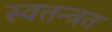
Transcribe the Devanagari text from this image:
स्वतन्त्रत